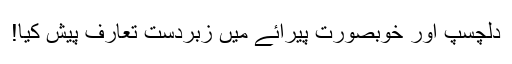
دلچسپ اور خوبصورت پیرائے میں زبردست تعارف پیش کیا!